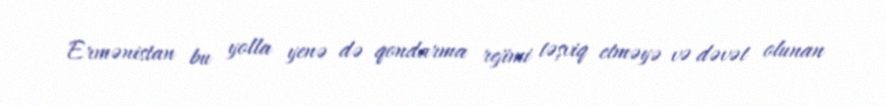
Ermənistan bu yolla yenə də qondarma rejimi təşviq etməyə və dəvət olunan